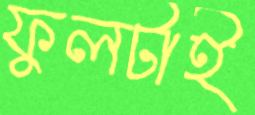
ফুলটাই